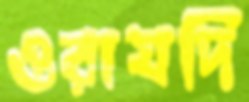
ওরাযদি